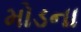
મોડના